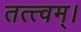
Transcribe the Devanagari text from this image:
तत्त्वम्।